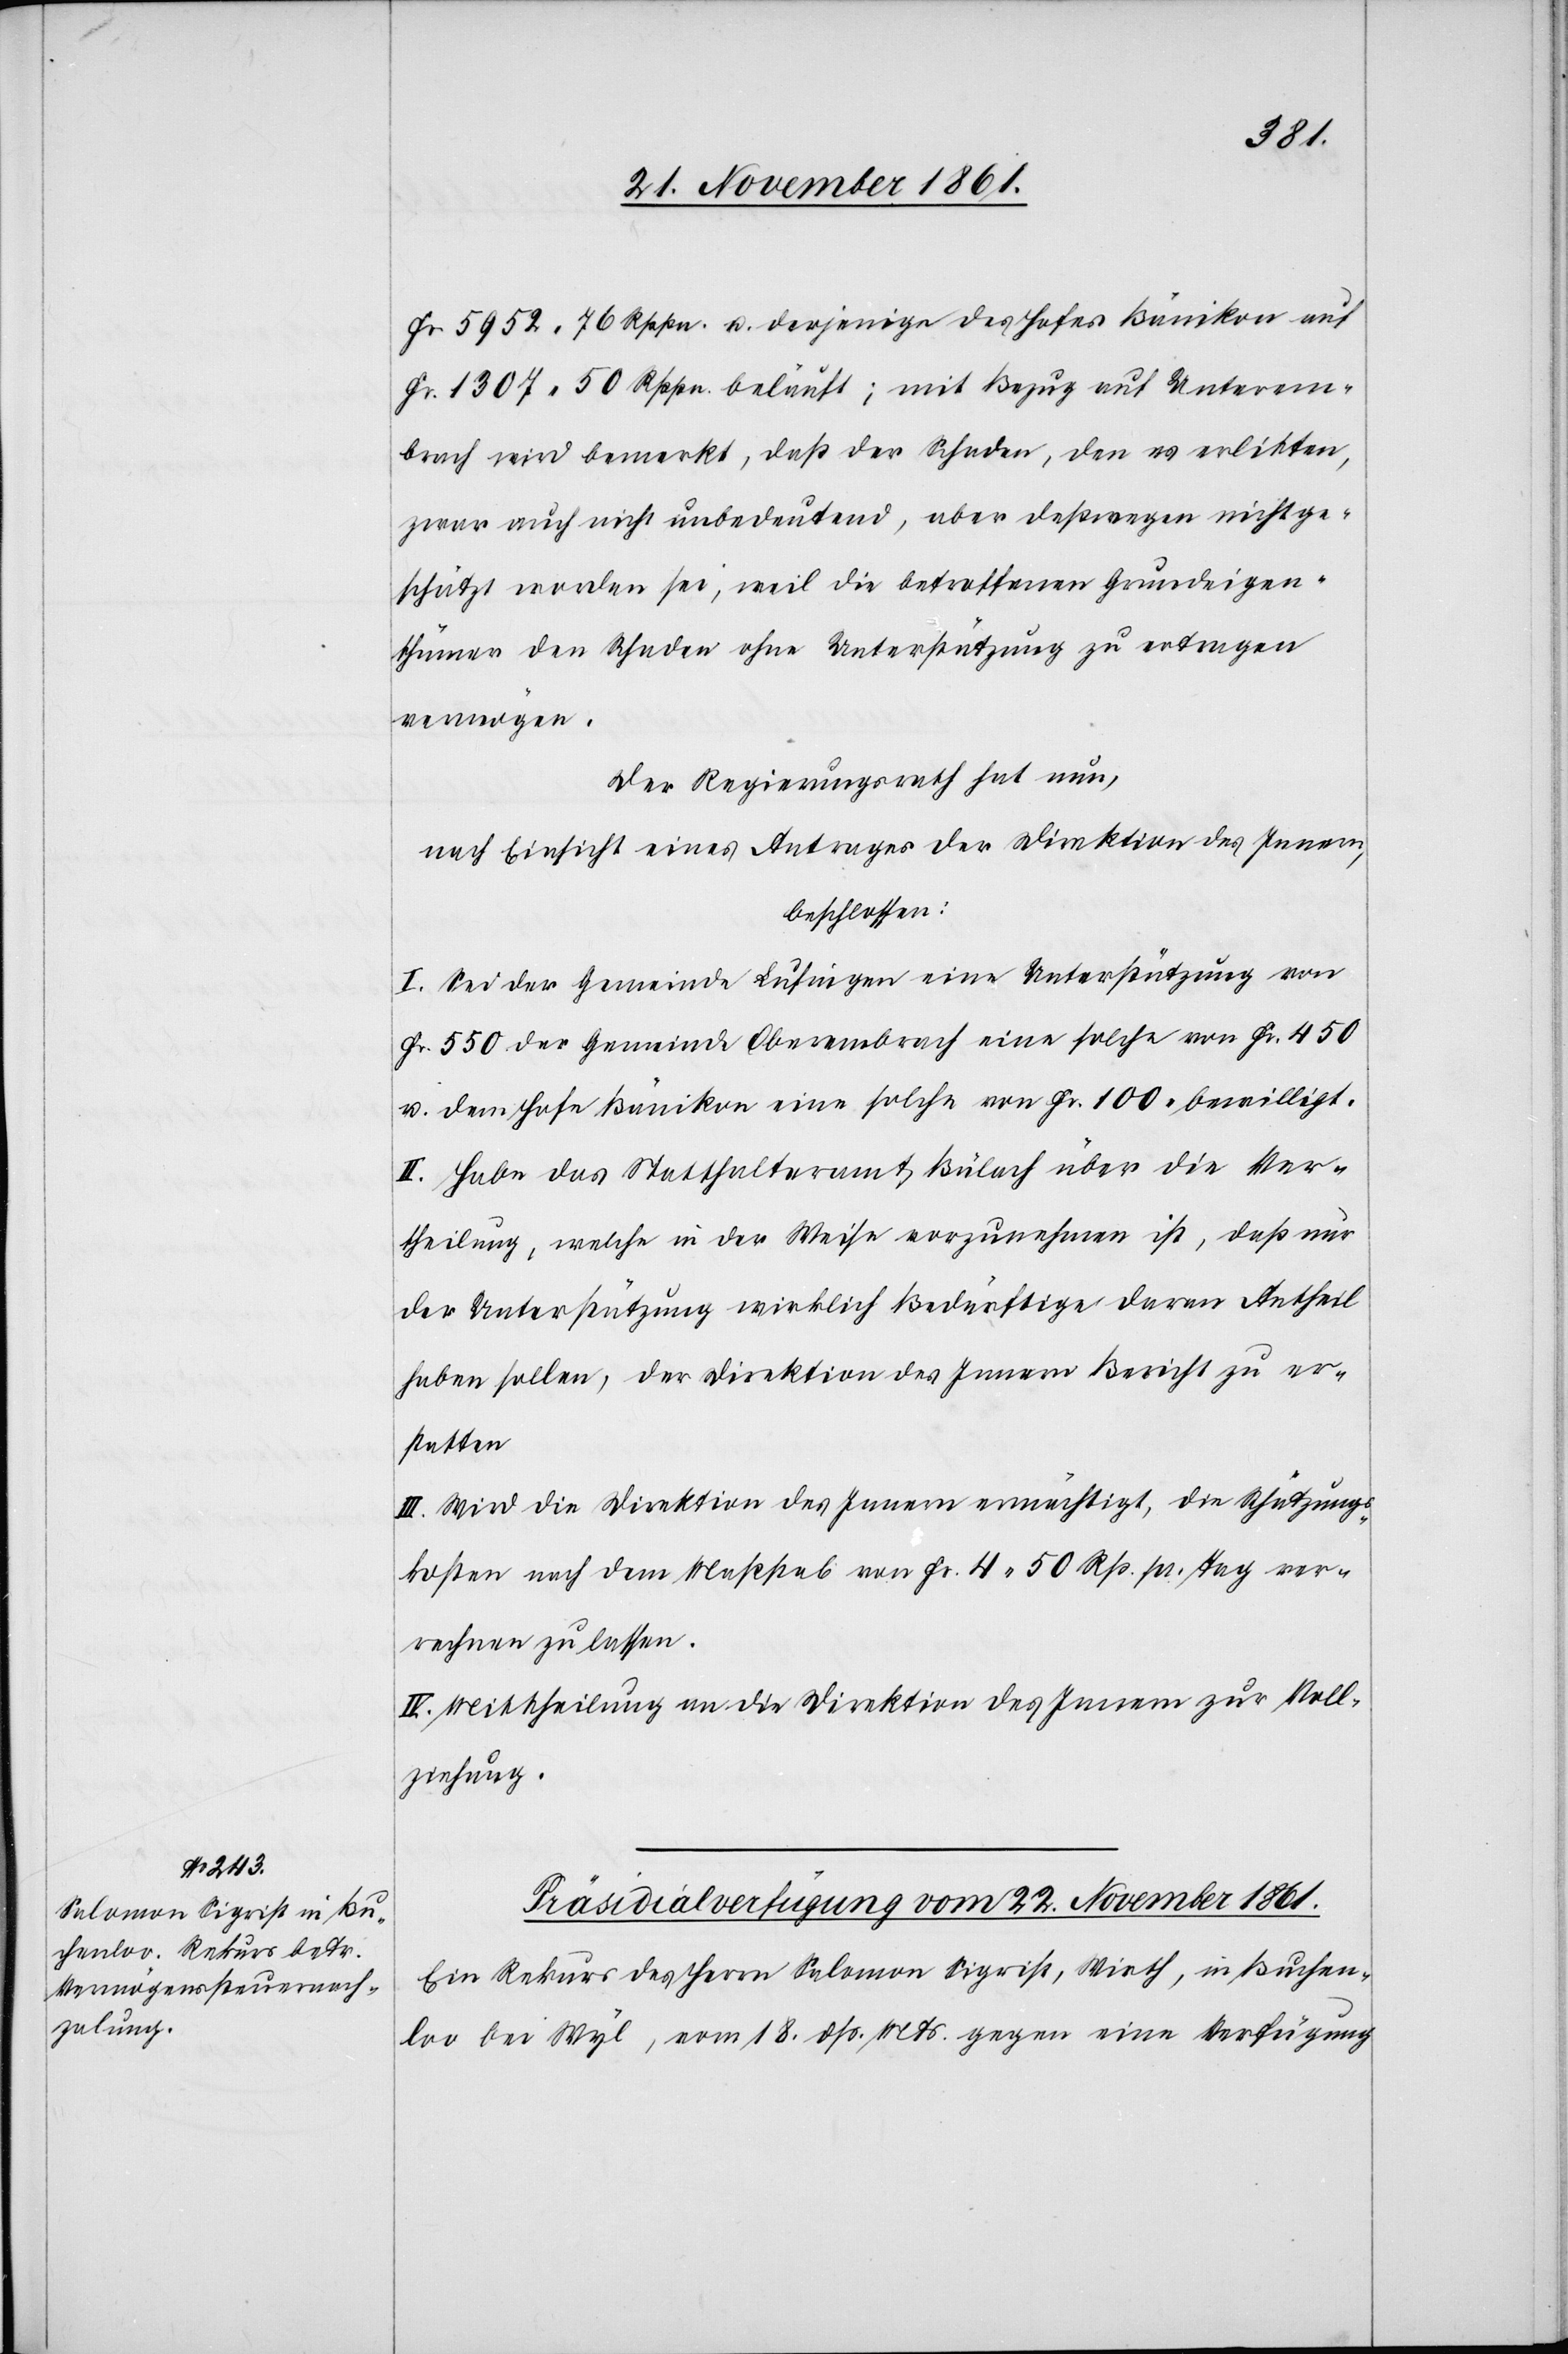
Fr. 5952. 76 Rppn. u. derjenige des Hofes Bänikon auf
Fr. 1307. 50 Rppn. beläuft; mit Bezug auf Unterem¬
brach wird bemerkt, daß der Schaden, den es erlitten,
zwar auch nicht unbedeutend, aber deßwegen nicht ge¬
schätzt worden sei, weil die betreffenden Grundeigen¬
thümer den Schaden ohne Unterstützung zu ertragen
vermögen.
Der Regierungsrath hat nun,
nach Einsicht eines Antrages der Direktion des Innern,
beschlossen:
I. Sei der Gemeinde Lufingen eine Unterstützung von
Fr. 550[,] der Gemeinde Oberembrach eine solche von Fr. 450
u. dem Hofe Bänikon eine solche von Fr. 100 bewilligt.
II. Habe das Statthalteramt Bülach über die Ver¬
theilung, welche in der Weise vorzunehmen ist, daß nur
der Unterstützung wirklich Bedürftige daran Antheil
haben sollen, der Direktion des Innern Bericht zu er¬
statten.
III. Wird die Direktion des Innern ermächtigt, die Schätzungs¬
kosten nach dem Maßstab von Fr. 4. 50 Rp. pr. Tag ver¬
rechnen zu lassen.
IV. Mittheilung an die Direktion des Innern zur Voll¬
ziehung.
Präsidialverfügung vom 22 November 1861.
Ein Rekurs des Herrn Salomon Sigrist, Wirth, in Buchen¬
loo bei Wyl, vom 18 dß. Mts. gegen eine Verfügung